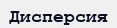
Дисперсия